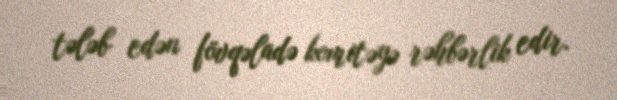
tələb edən fövqəladə komitəyə rəhbərlik edir.